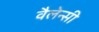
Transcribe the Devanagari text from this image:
वैलेन्सी